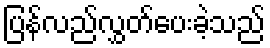
ပြန်လည်လွှတ်ပေးခဲ့သည်